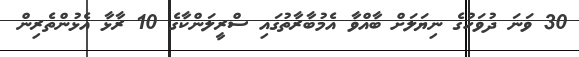
30 ވަނަ ދުވަހުގެ ނިޔަލަށް ބާއްވާ އެމުބާރާތުގައި ސްރީލަންކާގެ 10 ރާޅާ އެޅުންތެރިން